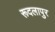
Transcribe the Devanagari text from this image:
रूदलापुर